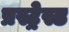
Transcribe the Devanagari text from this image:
प्रस्ट्रेस्ड